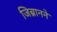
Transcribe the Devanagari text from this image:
जिब्रानने